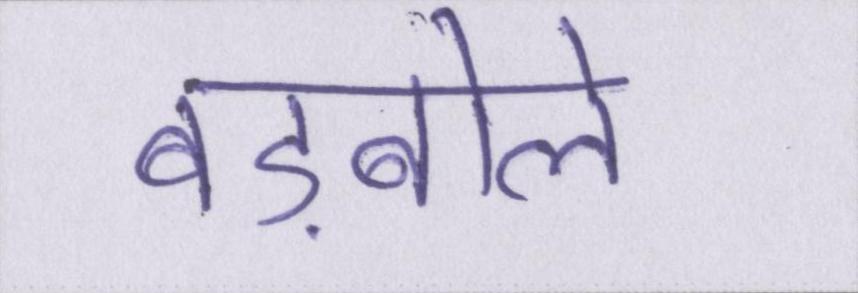
बड़बोले